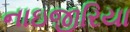
નાઇજીરિયા